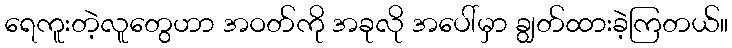
ရေကူးတဲ့လူတွေဟာ အဝတ်ကို အခုလို အပေါ်မှာ ချွတ်ထားခဲ့ကြတယ်။